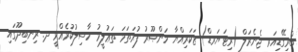
ބްރިގޭޑިއަރ ޖެނެރަލް (ރިޓަޔަރޑް) ޒަކަރިއްޔާ މަންޞޫރު ފުރަތަމަ ތަޢުލީމު ހާސިލުކުރެއްވީ ދ. ރިނބިދޫގައި